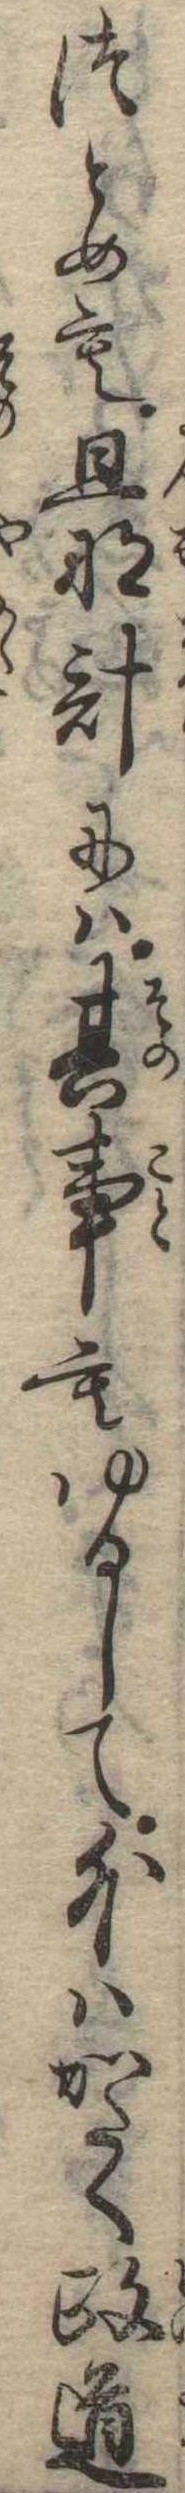
つとめも旦那計には其事もゆるして外はかたく政道